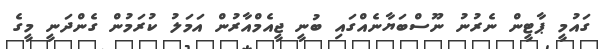
ގައުމީ ޕާޓީން ނެރުނު ނޫސްބަޔާނެއްގައި ބުނީ ޖީއެމްއާރުން އަމަލު ކުރަމުން ގެންދަނީ މީގެ